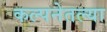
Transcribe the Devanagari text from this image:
कल्पनेतल्या